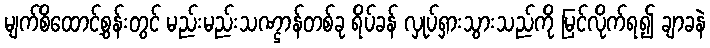
မျက်စိထောင့်စွန်းတွင် မည်းမည်းသဏ္ဌာန်တစ်ခု ရိပ်ခန် လှုပ်ရှားသွားသည်ကို မြင်လိုက်ရ၍ ချာခနဲ